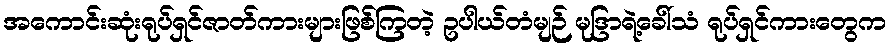
အကောင်းဆုံးရုပ်ရှင်ဇာတ်ကားများဖြစ်ကြတဲ့ ဥပါယ်တံမျဉ် မုဒြာရဲ့ခေါ်သံ ရုပ်ရှင်ကားတွေက